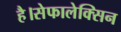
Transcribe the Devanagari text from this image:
है।सेफालेक्सिन